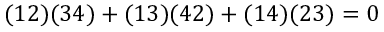
( 1 2 ) ( 3 4 ) + ( 1 3 ) ( 4 2 ) + ( 1 4 ) ( 2 3 ) = 0